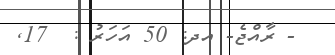
- ރާއްޖެ- އދ: 50 އަހަރު :  17